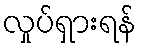
လှုပ်ရှားရန်